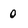
Character: 0